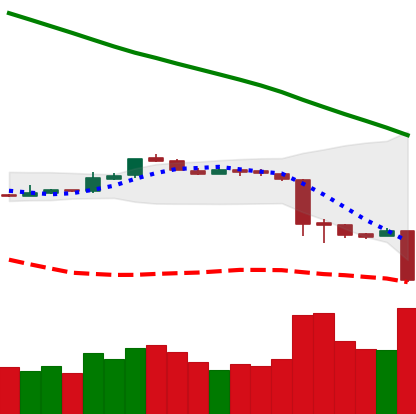
Ticker: ETH-USD
Chart end date: 2018-11-19
Forward return: -23.919%
Label: down_7plus